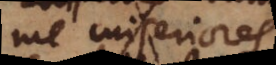
me miseriores